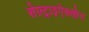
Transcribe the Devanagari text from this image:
सेफ़्ट्राइऐक्सोन